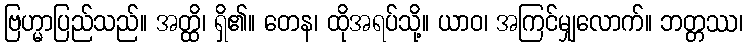
ဗြဟ္မာပြည်သည်။ အတ္ထိ၊ ရှိ၏။ တေန၊ ထိုအရပ်သို့။ ယာဝ၊ အကြင်မျှလောက်။ ဘတ္တဿ၊